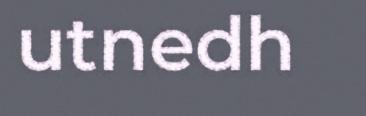
utnedh